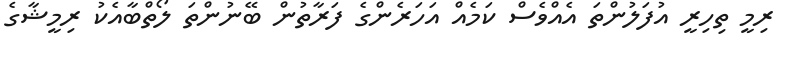
ރިމީ ތިހިރީ އުފަލުންތަ އެއްވެސް ކަމެއް އަހަރެންގެ ފަރާތުން ބޭނުންތަ ލޯތްބާއެކު ރިމީޝާގެ